Bréfritari: Sigríður Pálsdóttir
Viðtakandi: Páll Pálsson
Dagsetning: A-1862-11-22
Skrifað á: Breiðabólsstað  Rang.
Páll var bróðir Sigríðar

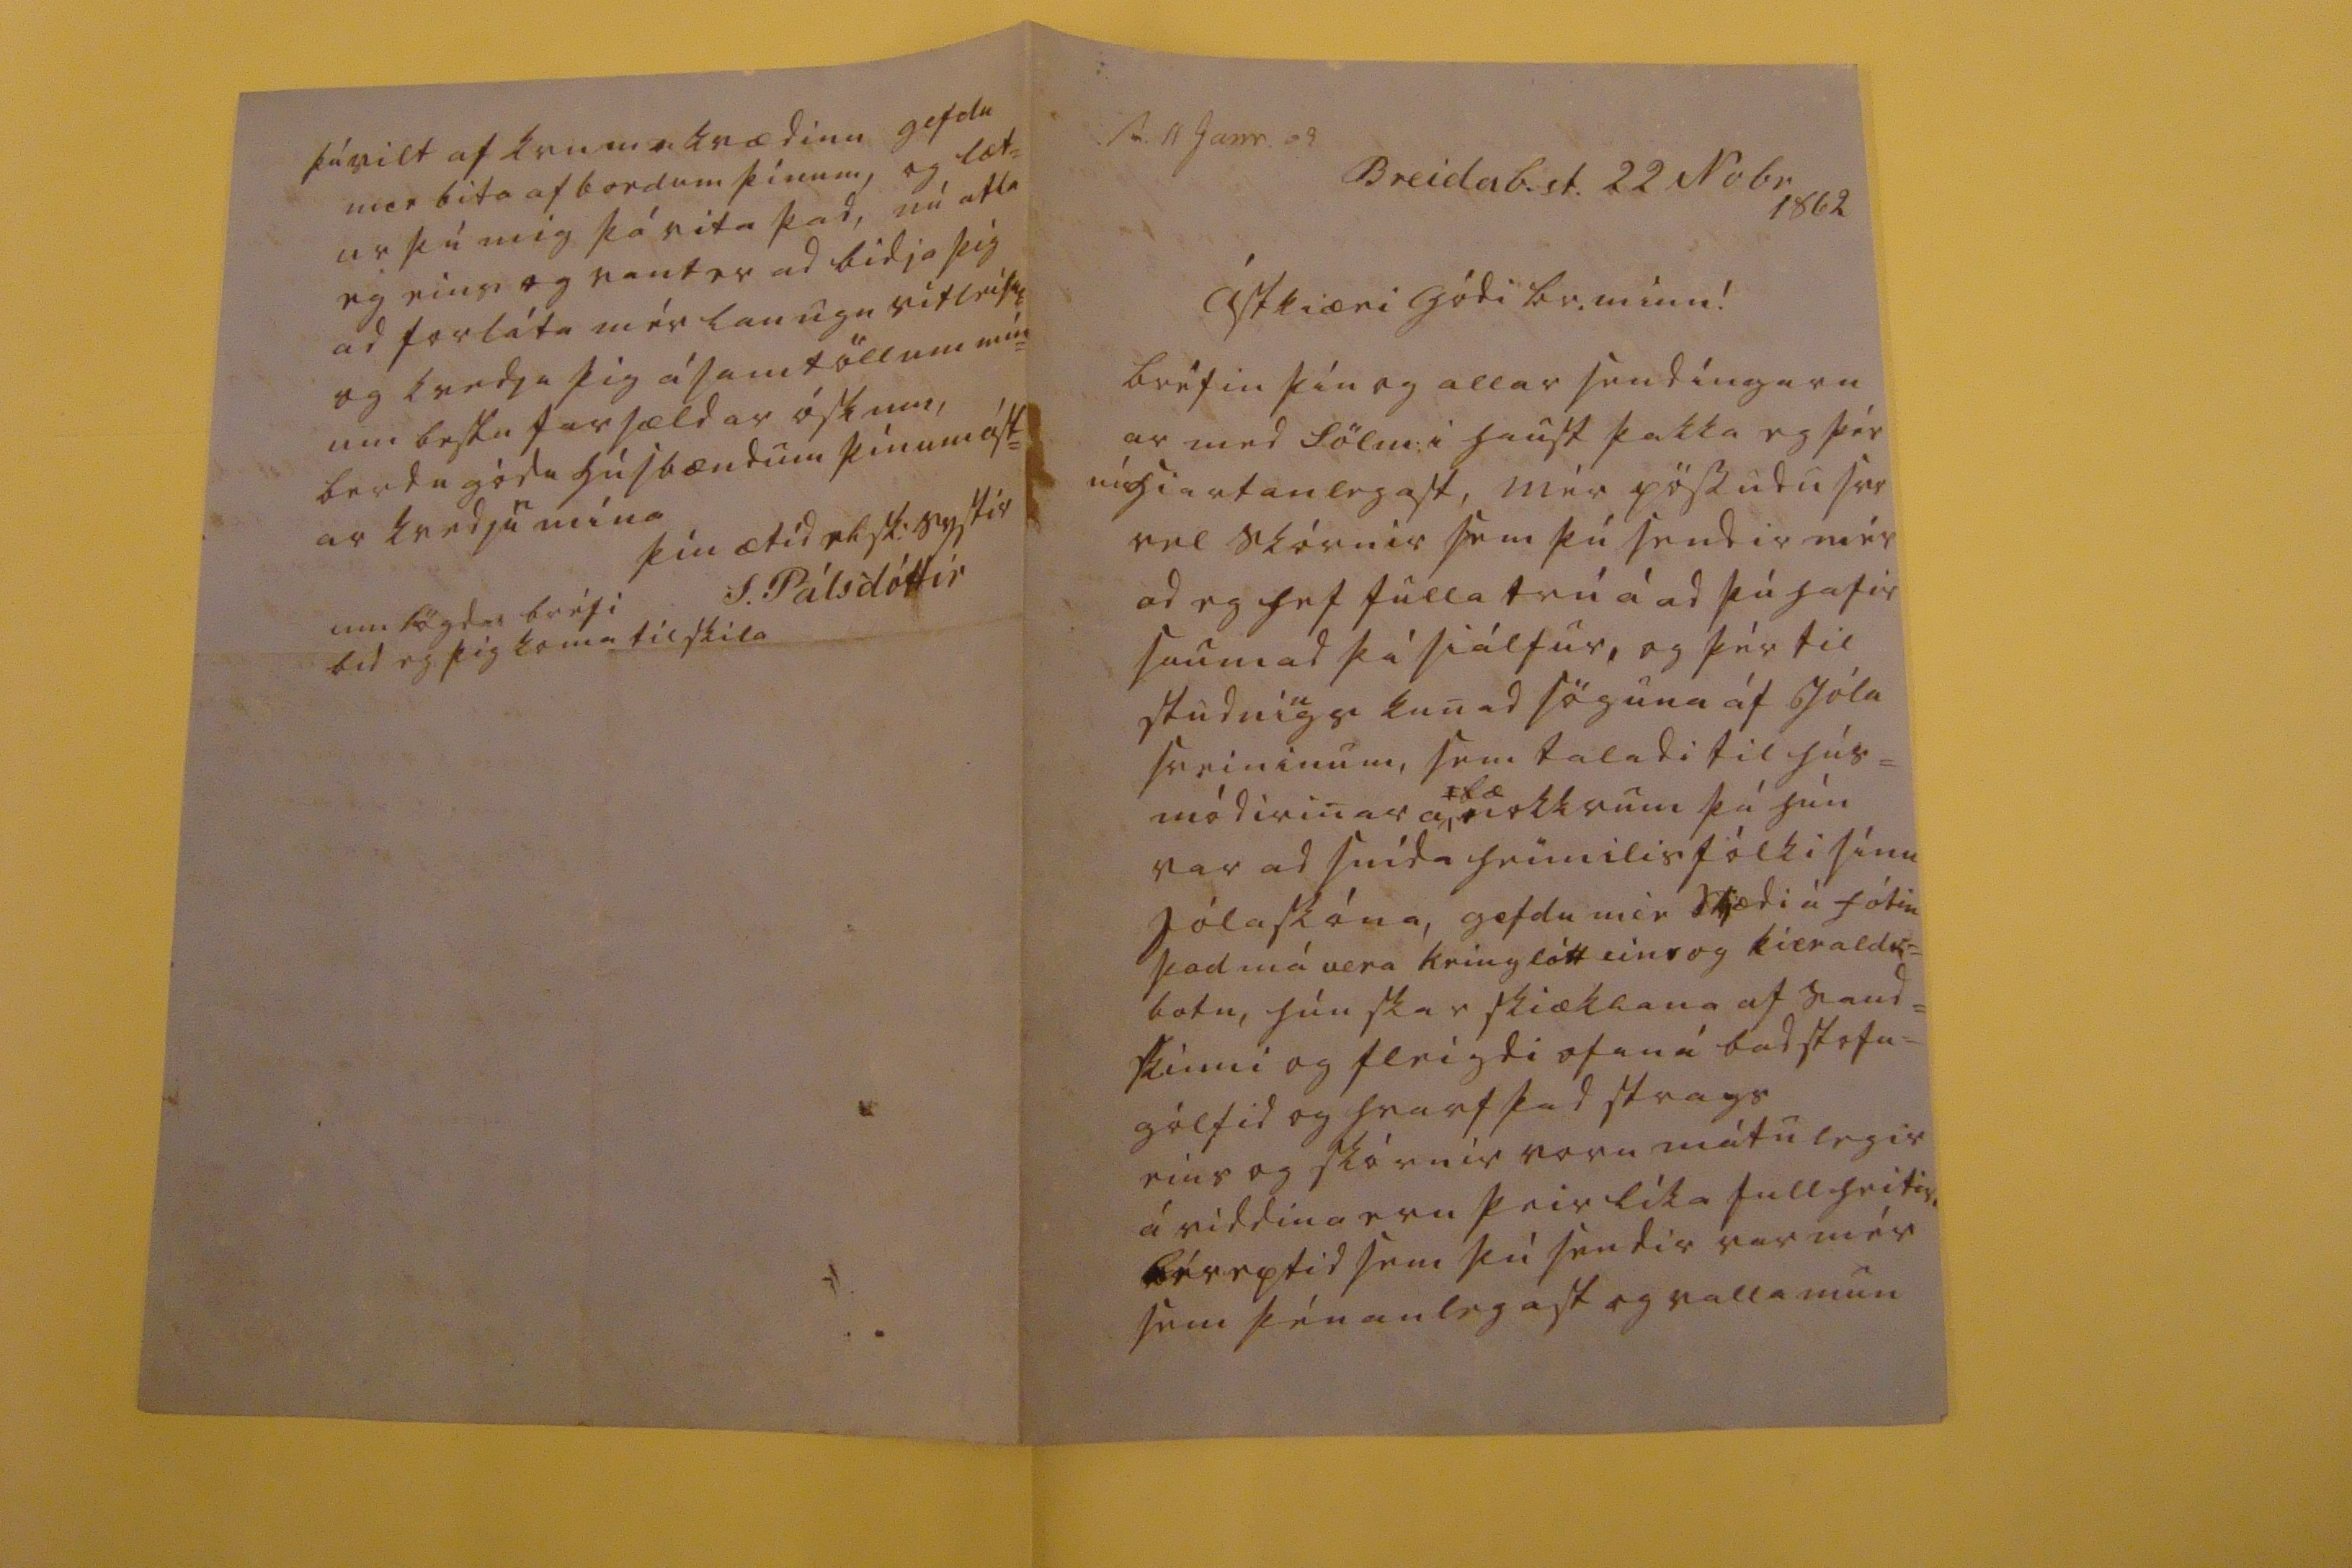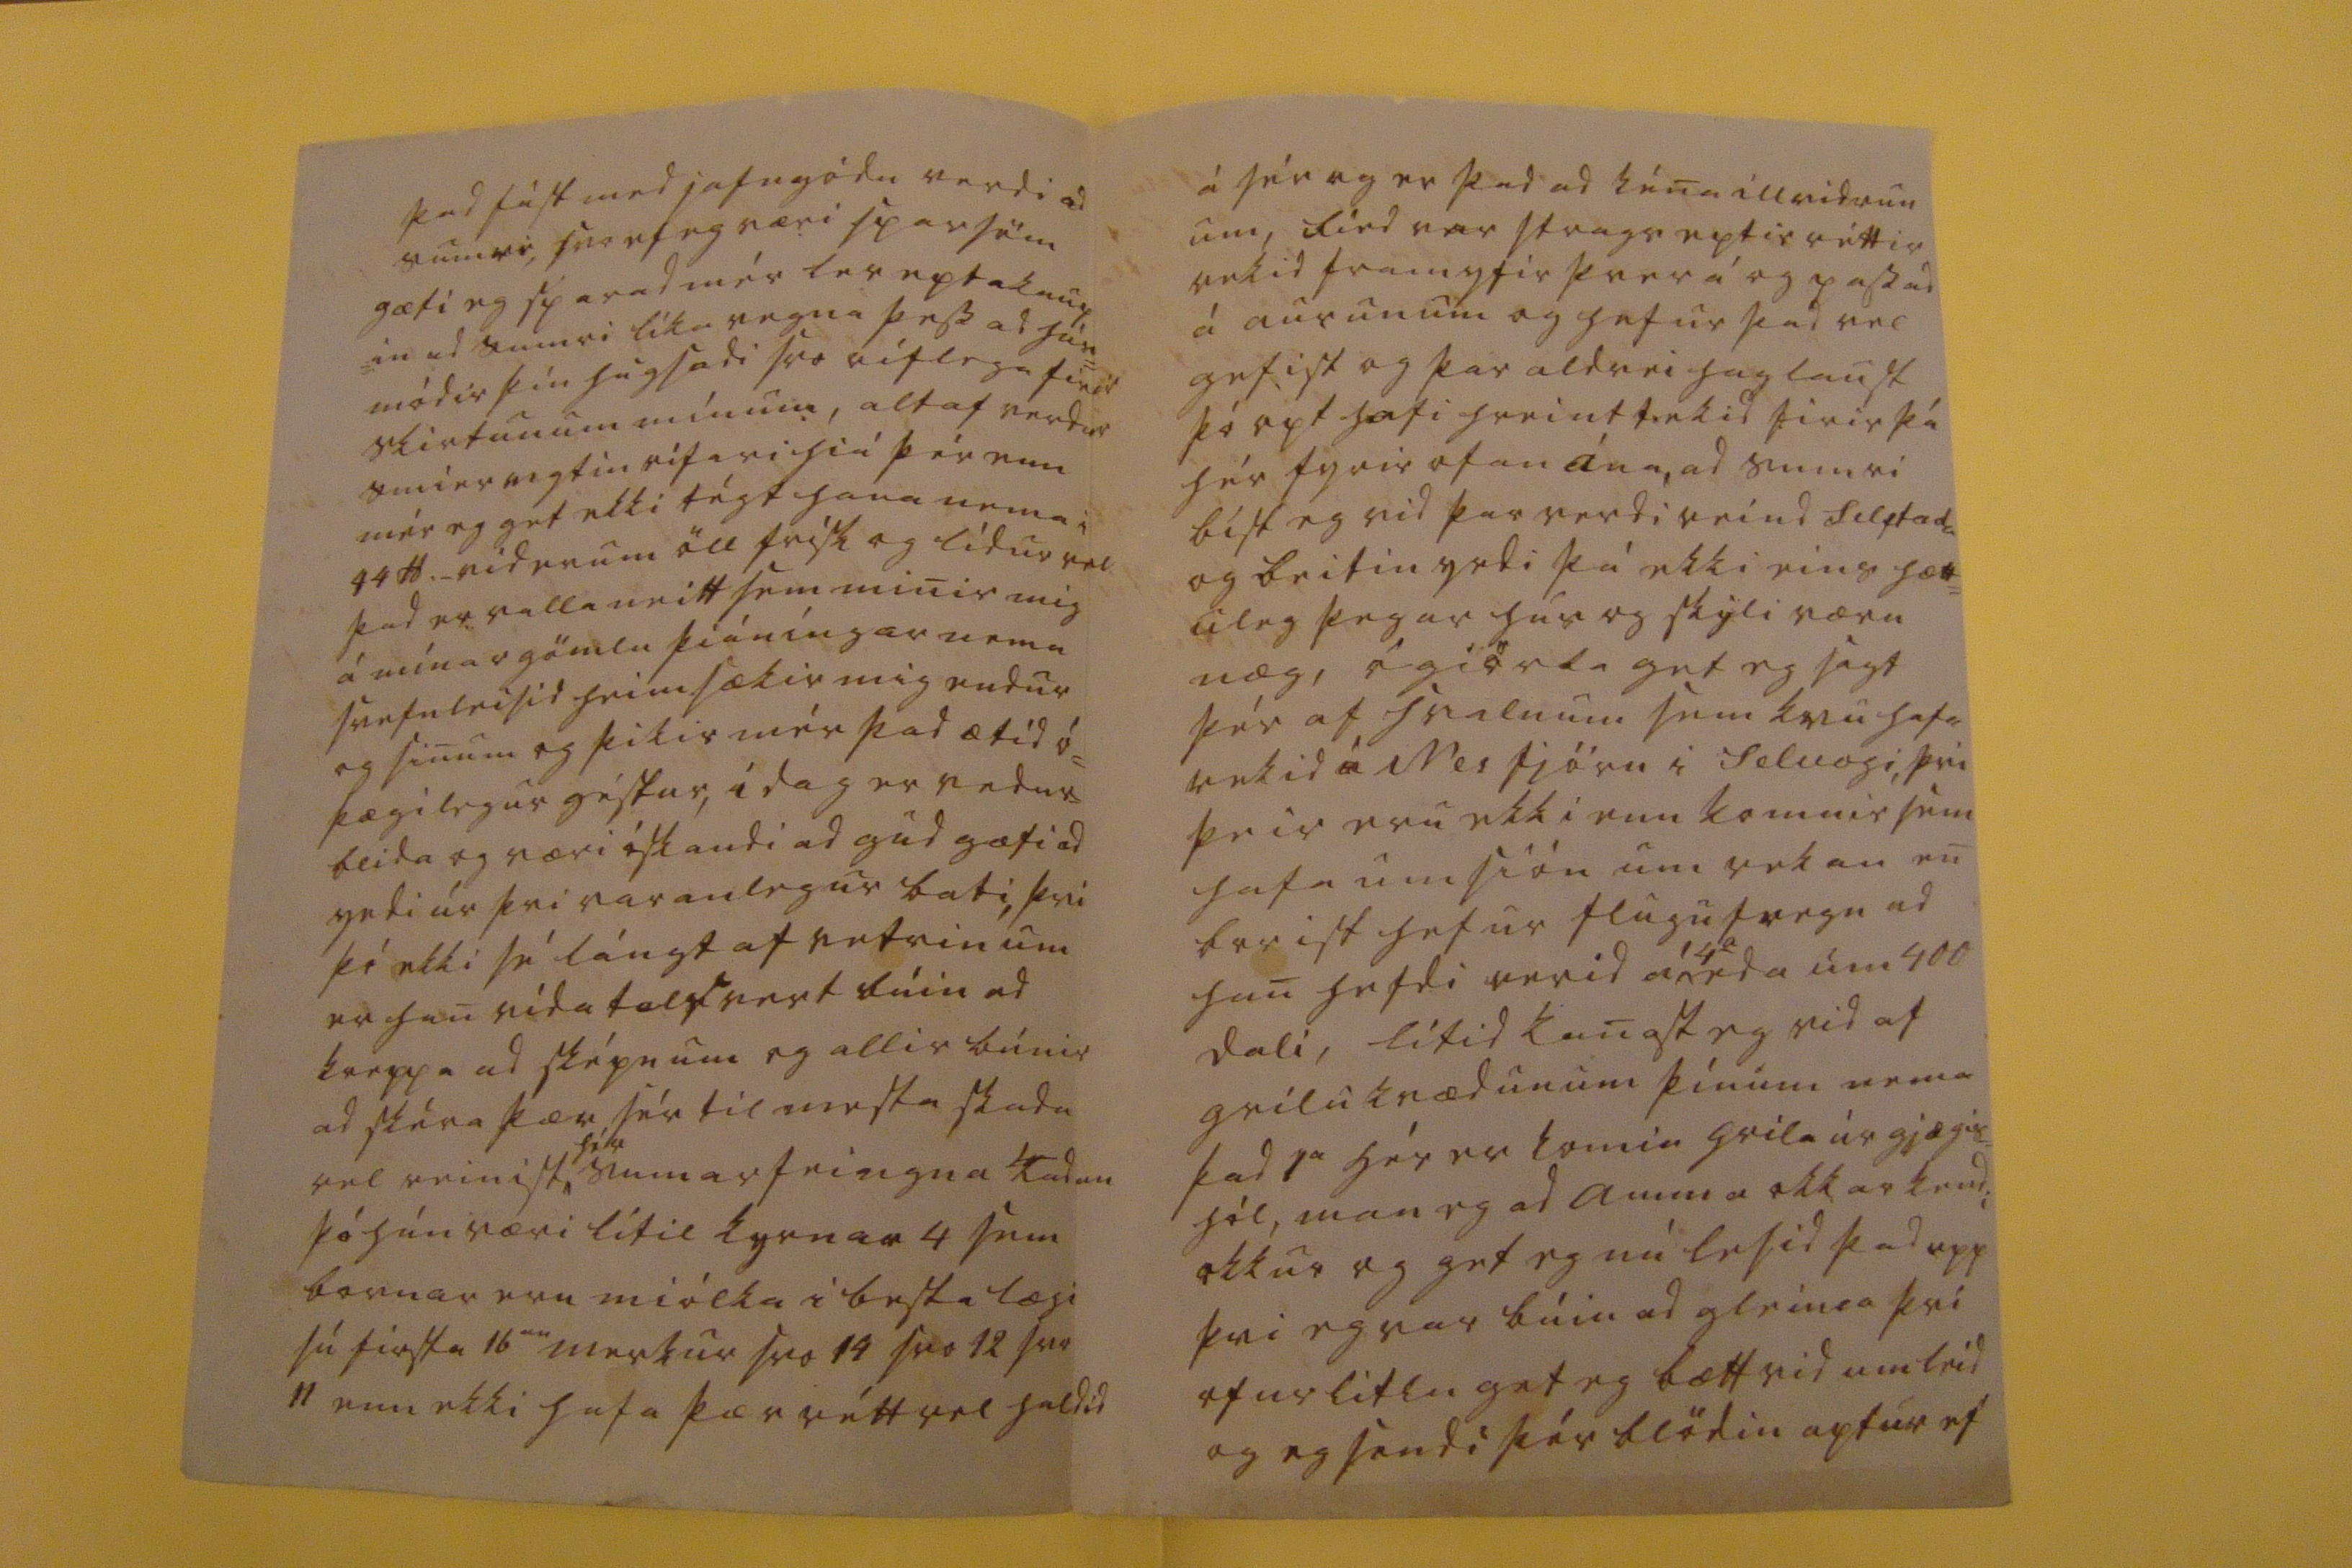

sv. 11 Janr. 62
Breidab.st. 22 No br 1862
Ástkiæri gódi br. minn!
bréfin þín og allar sendíngarn ar med Sölm: i haust þakka eg þér nú hiartanlegast mér pössudu svo vel skórnir sem þú sendir mér ad eg hef fulla trú á ad þú hafir saumad þá siálfur, og þér til studni
n
gs kunad söguna af Jóla sveininum, sem taladi til hús= módirinar a
bæ
nokkrum þá hún var ad snída heimilisfólki sínu jólaskóna, gefdu mér klædi á fótin þad má vera kringlótt eins og
kierald= botn, hún skar skiæklana
af saud= skinni og fleigdi ofaná badstofu= gólfid og hvarf þad strags eins og skórnir voru mátulegir á siddina eru þeir líka fullheitir, léreptid sem þú sendir var mér sem þénanlegast og valla mun
þad fást med jafngódu verdi ad sumri, svo ef eg væri sparsöm gæti eg sparad mér lereptakaup =in ad sumri líka vegna þess ad hún módir þín hugsadi svo vitlega firir skirtunum mínum, altaf verdur smiervigtin rífari hiá þér enn mér eg get ekki
0égt
hana nema i 44
0d
._ vid erum öll frísk og lídur vel þad er valla neitt sem minir mig á mínar gömlu þiáníngar nema svefnleisid heimsækir mig endur og sinum og þikir mér þad ætíd ó= þægilegur géstur, i dag er vedur= blida og væri óskandi ad gud gæfi ad yrdi úr þvi varanlegur bati, þvi þó ekki sé lángt af vetrinum er han vida talsvert búin ad kreppa ad sképnum og allir búnir ad skéra þær sér til mesta skada vel reinist
hér
sumar feingna
00adan
þó hún væri lítil kyrnar 4 sem bornar eru miólka i besta lægi sé firsta 16
an
merkur svo 19 svo 12 svo 11 enn ekki hafa þær rétt vel haldid
á sér og er þad ad kéna illvidrun um, fied var strags eptir réttir rekid fram yfir þverá og passad á aurunum og hefur þad vel gefist og þar aldrei haglaust þó opt hafi hreint tekid firir þá hér fyrir ofan ána, ad sumri bist eg vid þar verdi reind
selstada
og beitin yrdi þá ekki eins hætt= uleg þegar hús og skýli væru næg, ógiörda get eg sagt þér af hvalnum sem kvu hafa rekid á Nes fjöru i selvogi, þvi þeir eru ekki enn komnir sem hafa umsión um rekan en breist hefur flugufregn ad han hefdi verid án
4
a
eda um 400 dali, lítid kanast eg vid af grilukvædunum þínum nema þad 1
a
hér er komin grila úr gjægis= hól, man eg ad amma okkar kendi okkur og get eg nú lesid þad upp þvi eg var búin ad gleima þvi ofurlitlu get eg bætt vid um leid og eg sendi þér blödin aptur ef
þú vilt af krumakvædinu gefdu mer bita af bordum þínum, og læt= ur þú mig þá vita þad, nú atla eg eins og vant er ad bidja þig ad forláta mér laungu vitleisuna og kvedja þig ásamt öllum mín= um bestu farsældar óskum, berdu gódu húsbændum þínum ást= ar kvedju
r
mína
þín ætíd elsk: systir
S. Pálsdóttir
umlögdu bréfi bid eg þig koma til skila